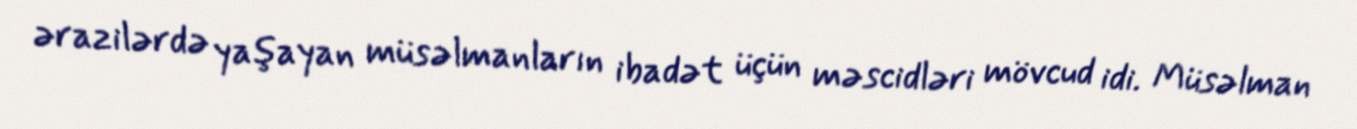
ərazilərdə yaşayan müsəlmanların ibadət üçün məscidləri mövcud idi. Müsəlman